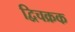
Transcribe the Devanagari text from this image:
द्विचक्रक